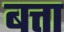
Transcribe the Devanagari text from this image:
बत्ता